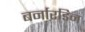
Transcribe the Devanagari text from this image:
बर्नारडिन